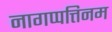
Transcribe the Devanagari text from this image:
नागप्पत्तिनम